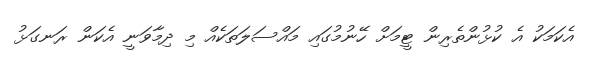
އެކަމަކު އެ ކުޅުންތެރިން ޓީމަށް ހޭނުމުގައި މައްސަލަތަކެއް މި ދިމާވަނީ އެކަން ރަނގަޅު